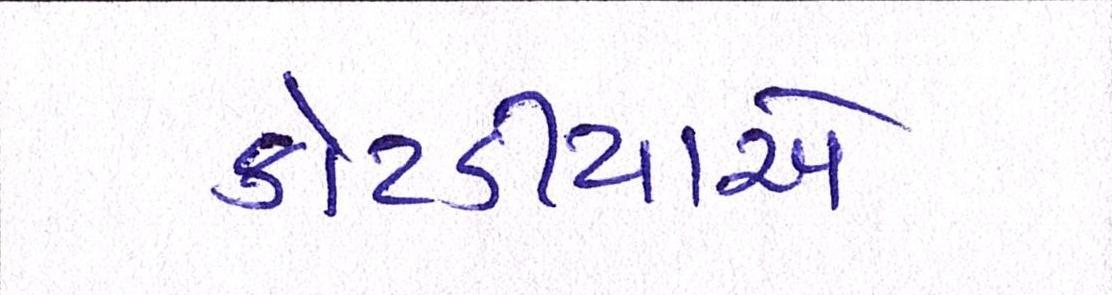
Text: કોટડીયાએ